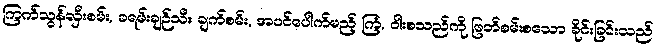
ကြက်သွန်လှီးစမ်း, ခရမ်းချဉ်သီး ချက်စမ်း, အပင်ပေါက်မည့် ကြံ, ဝါးစသည်ကို ဖြတ်စမ်းစသော ခိုင်းခြင်းသည်